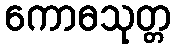
ကောဓသုတ္တ